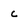
Character: c